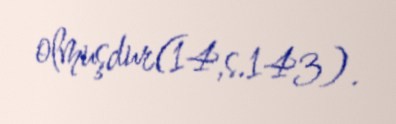
olmuşdur(14,s.143).